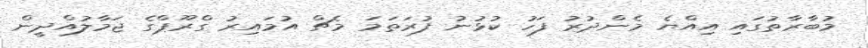
މުބާރާތުގައި އިއްޔެ މެންދުރު ފަހު ކުޅުނު ފުރަތަމަ މެޗް އުމައިރު ގްރޫޕްގެ ޖަމާލުއްދީން